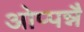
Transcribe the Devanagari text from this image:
ओप्पन्नै